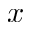
\boldsymbol { x }